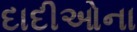
દાદીઓના